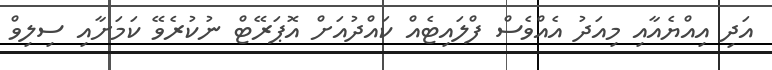
އަދި އިއްޔެއާއި މިއަދު އެއްވެސް ފްލައިޓެއް ކައްދުއަށް އޮޕަރޭޓް ނުކުރެވޭ ކަމަށާއި ސިލިވް